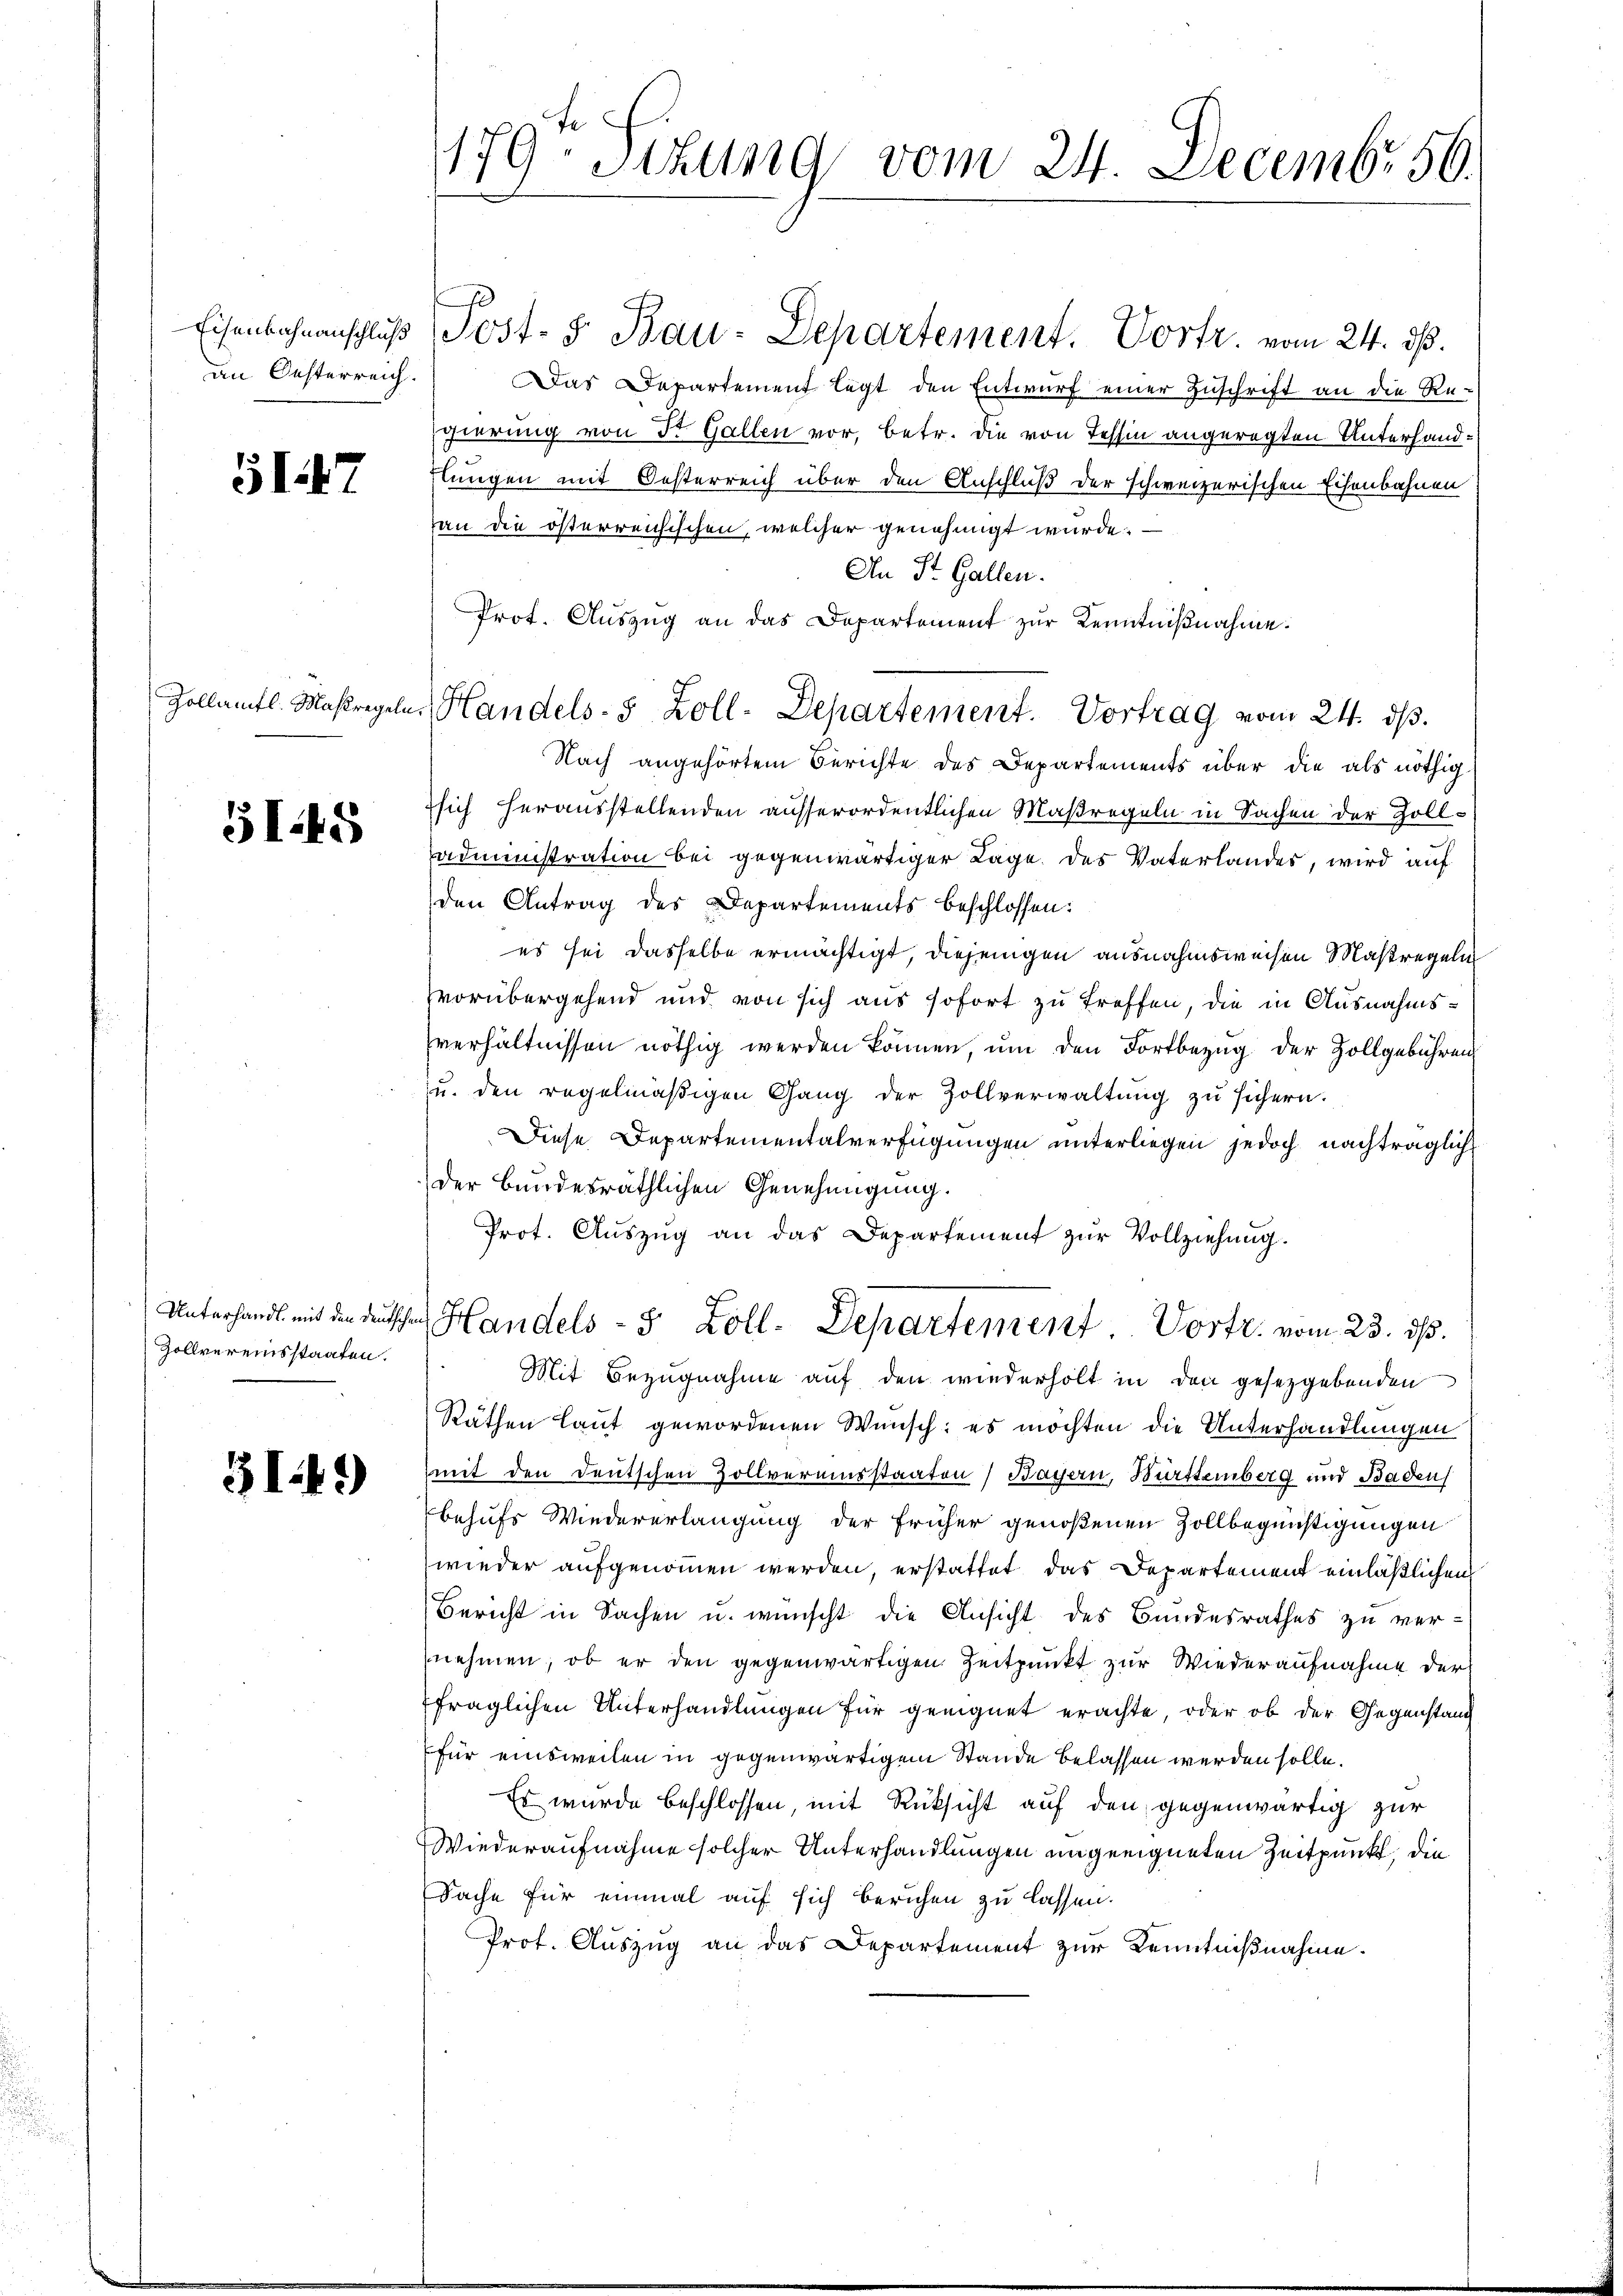
an Oesterreich.

517

Zollämtl. Maßregeln

GI.45

Unterhandl, mit den Deutschen
Zollvereinsstaaten.

31.41)

179. Sitzung vom 24. Decembr 56.

Eisenbahnenschluß Post- & Bau-Departement. Vortr. vom 24. ds.
Das Departement legt den Entwurf einer Zuschrift an die Re-
Egierung von St. Gallen vor, betr. die von Tessin angeregten Unterhandlungen mit Oesterreich über den Anschluß der schweizerischen Eisenbahnen
an die österreichischen, welcher genehmigt wurde.
An St. Gallen.
Prot. Auszug an das Departement zur Kenntnißnahme.
Nach angehörtem Berichte des Departements über die als nöthig
Tsich herausstellenden ausserordentlichen Maßregeln in Sachen der Zolladministration bei gegenwärtiger Lage des Vaterlandes, wird auf
den Antrag des Departements beschlossen:
es sei dasselbe ermächtigt, diejenigen ausnahmsweisen Maßregeln
vorübergehend und von sich aus sofort zu treffen, die in Ausnahmsverhältnissen nöthig werden können, um den Fortbezug der Zollgebühren
u. den regelmäβigen Gang der Zollverwaltŭng zu sichern.
Diese Departementalverfügungen unterliegen jedoch nachträglich
der Bundesräthlichen Genehmigung.
Prot. Aŭszŭg an das Departement zŭr Vollziehung.
Handels- 5 Zoll-Departement Vortr. vom 23. ds.
Mit Bezugnahme auf den wiederholt in den gesetzgebenden
Räthen laut gewordenen Wunsch: es möchten die Unterhandlungen
mit den Deutschen Zollvereinsstaaten Bayern, Württemberg und Baden
behufs Wiedererlangung der früher genoßenen Zollbegünstigungen
wieder aufgenommen werden, erstattet, das Departement einläßlichen
Bericht in Sachen u. wünscht die Ansicht des Bundesrathes zu ver-
nehmen, ob er den gegenwärtigen Zeitpunkt zur Wiederaufnahme der
fraglichen Unterhandlungen für geeignet erachte, oder ob der Gegenstand
für einsweilen in gegenwärtigem Stande belassen werden solle.
Es wurde beschlossen, mit Rüksicht auf den gegenwärtig zur
Wiederaufnahme solcher Unterhandlungen ungeeigneten Zeitpunkt, die
Sache für einmal auf sich berichen zu lassen.
Prof. Auszug an das Departement zur Kenntnißnahme.

Handels- 5 Zoll-Departement. Vortrag vom 24. ds.